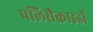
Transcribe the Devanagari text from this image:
पलिसैक्राइडों